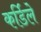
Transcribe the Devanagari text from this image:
कर्डिले